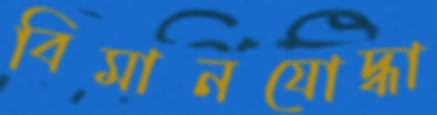
বিমানযোদ্ধা